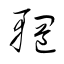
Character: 輞